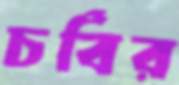
চর্বির